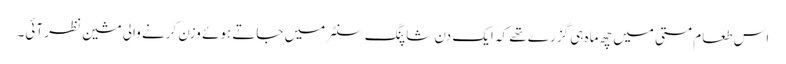
اس طعام مستی میں چھ ماہ ہی گزرے تھے کہ ایک دن شاپنگ سنٹر میں جاتے ہوئے وزن کرنے والی مشین نظر آئی۔